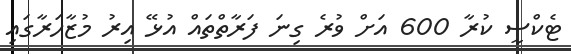
ޓެކްސީ ކުރާ 600 އަށް ވުރެ ގިނަ ފަރާތްތައް އުޅޭ އިރު މުޒާހަރާގައި